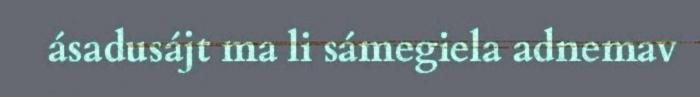
ásadusájt ma li sámegiela adnemav